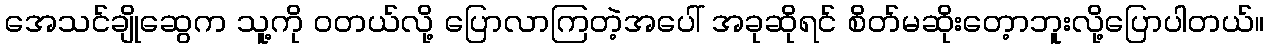
အေသင်ချိုဆွေက သူ့ကို ဝတယ်လို့ ပြောလာကြတဲ့အပေါ် အခုဆိုရင် စိတ်မဆိုးတေ့ာဘူးလို့ပြောပါတယ်။